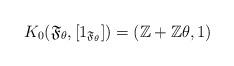
LaTeX: \begin{align*}K_0(\mathfrak F_\theta, [1_{\mathfrak F_\theta}])=(\mathbb Z+\mathbb Z\theta, 1)\end{align*}